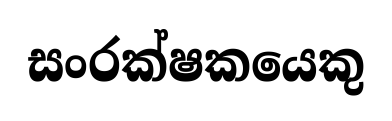
සංරක්ෂකයෙකු